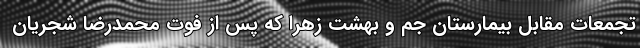
تجمعات مقابل بیمارستان جم و بهشت زهرا که پس از فوت محمدرضا شجریان